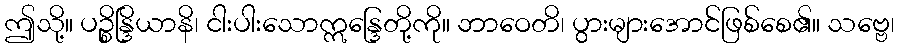
ဤသို့။ ပဉ္စိန္ဒြိယာနိ၊ ငါးပါးသောဣန္ဒြေတို့ကို။ ဘာဝေတိ၊ ပွားများအောင်ဖြစ်စေ၏။ သဗ္ဗေ၊